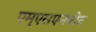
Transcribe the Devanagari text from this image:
एम्एसएनबोट